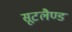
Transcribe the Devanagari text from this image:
सूटलैण्ड